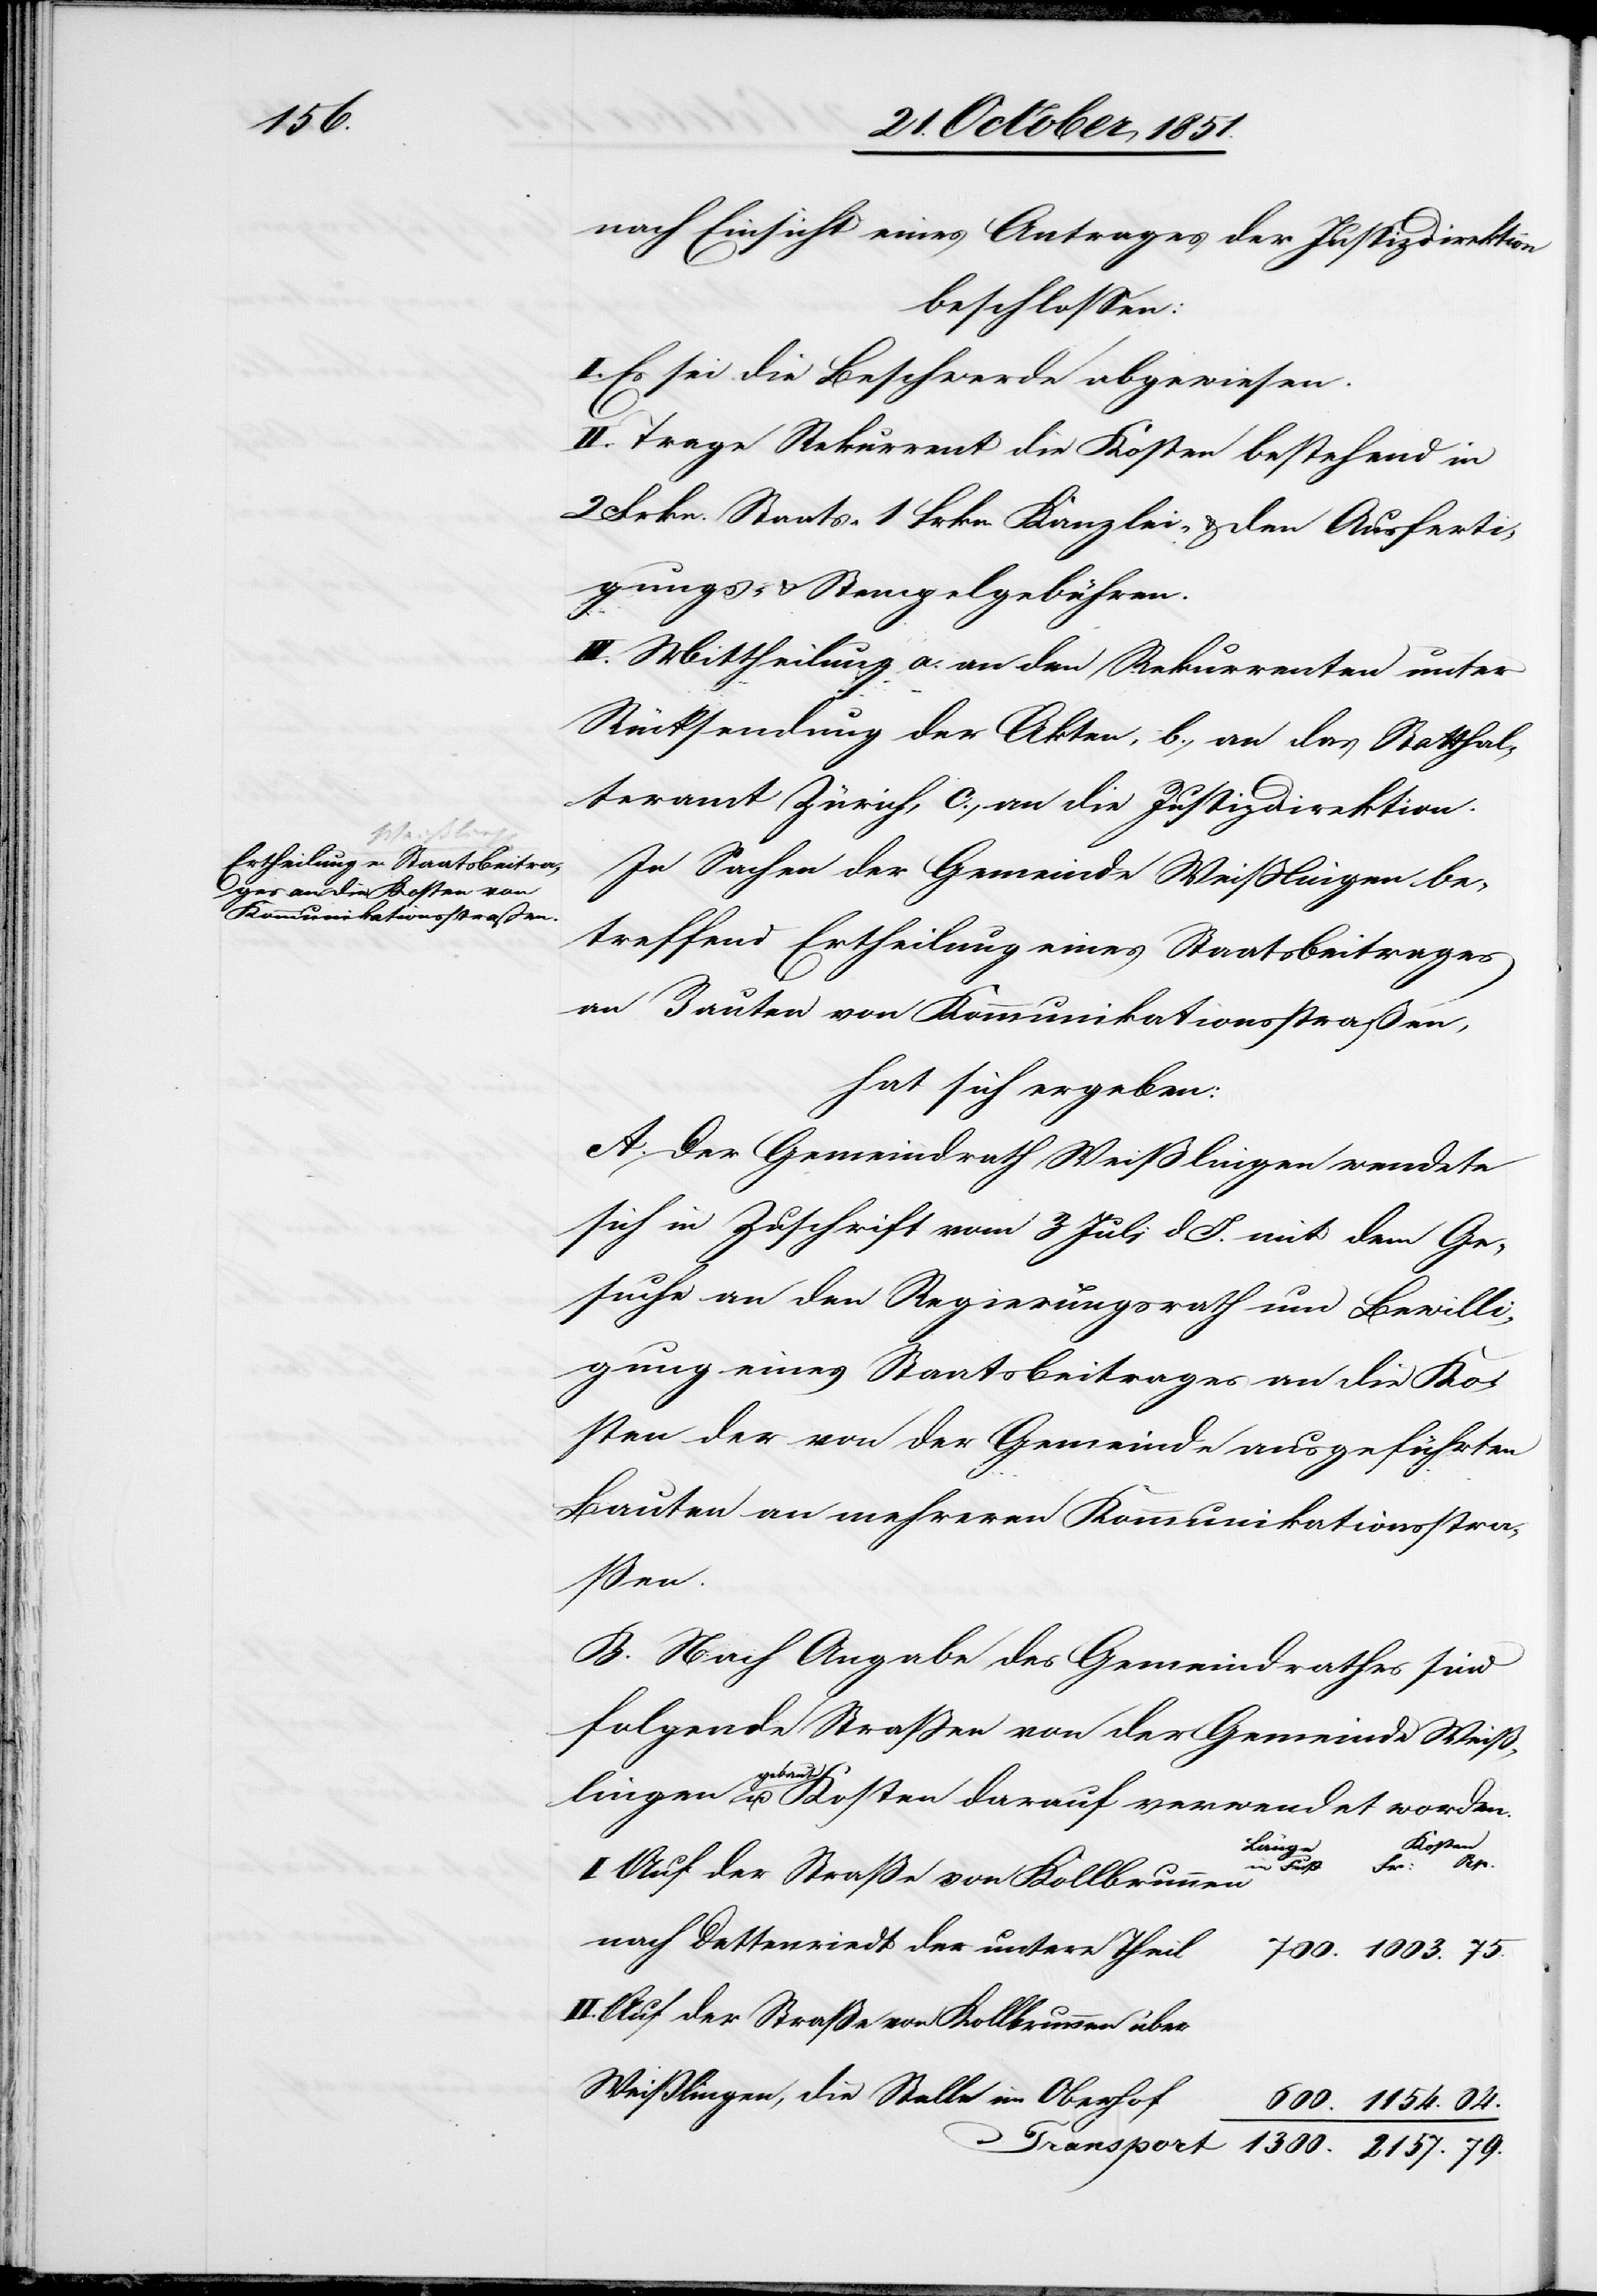
2157.

nach Einsicht eines Antrages der Justizdirektion
beschlossen:
I. Es sei die Beschwerde abgewiesen.
II. Trage Rekurrent die Kosten bestehend in
2 Frkn. Staats-[,] 1 Frkn. Kanzlei- & den Ausferti¬
gungs- & Stempelgebühren.
III. Mittheilung a. an den Rekurrenten unter
Rücksendung der Akten, b., an das Statthal¬
teramt Zürich, c., an die Justizdirektion.
In Sachen der Gemeinde Weißlingen be¬
treffend Ertheilung eines Staatsbeitrages
an Bauten von Kommunikationsstraßen,
hat sich ergeben:
A. Der Gemeindrath Weißlingen wendete
sich in Zuschrift vom 3 Juli d. J. mit dem Ge¬
suche an den Regierungsrath um Bewilli¬
gung eines Staatsbeitrages an die Ko¬
sten der von der Gemeinde ausgeführten
Bauten an mehreren Kommunikationsstra¬
ßen.
B. Nach Angabe des Gemeindrathes sind
folgende Straßen von der Gemeinde Weiß¬
lingen gebaut u. Kosten darauf verwendet worden.
Kosten
Länge
in Fuß
79.
Auf der Straße von Kollbrunnen
nach Dettenriedt der untere Theil
Auf der Straße von Kollbrunnen über
Weißlingen, die Stelle im Oberhof